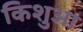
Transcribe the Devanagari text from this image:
किशुआ